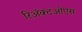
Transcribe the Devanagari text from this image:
रिॲक्टओएस